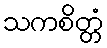
သကစိတ္တံ